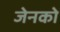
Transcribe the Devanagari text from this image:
जेनको